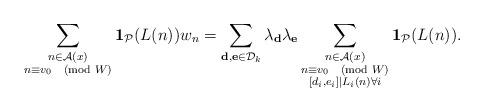
LaTeX: \begin{align*}\sum_{\substack{n\in\mathcal{A}(x)\\ n\equiv v_0\pmod{W}}}\mathbf{1}_\mathcal{P}(L(n))w_n=\sum_{\mathbf{d},\mathbf{e}\in\mathcal{D}_k}\lambda_{\mathbf{d}}\lambda_{\mathbf{e}}\sum_{\substack{n\in\mathcal{A}(x)\\ n\equiv v_0\pmod{W}\\ [d_i,e_i]|L_i(n)\forall i}}\mathbf{1}_{\mathcal{P}}(L(n)).\end{align*}